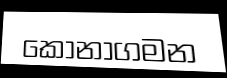
කොනාගමන